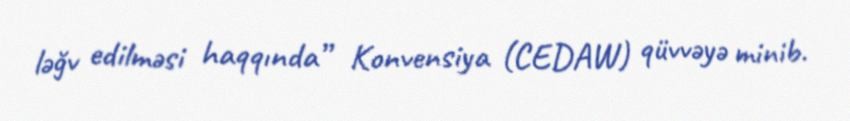
ləğv edilməsi haqqında” Konvensiya (CEDAW) qüvvəyə minib.